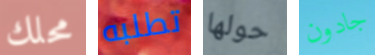
محلك تطلبه حولها جادون